Civil Veterinary Department Bihar & Orissa reports 1929-36 - 1929-1936
Year: 1929
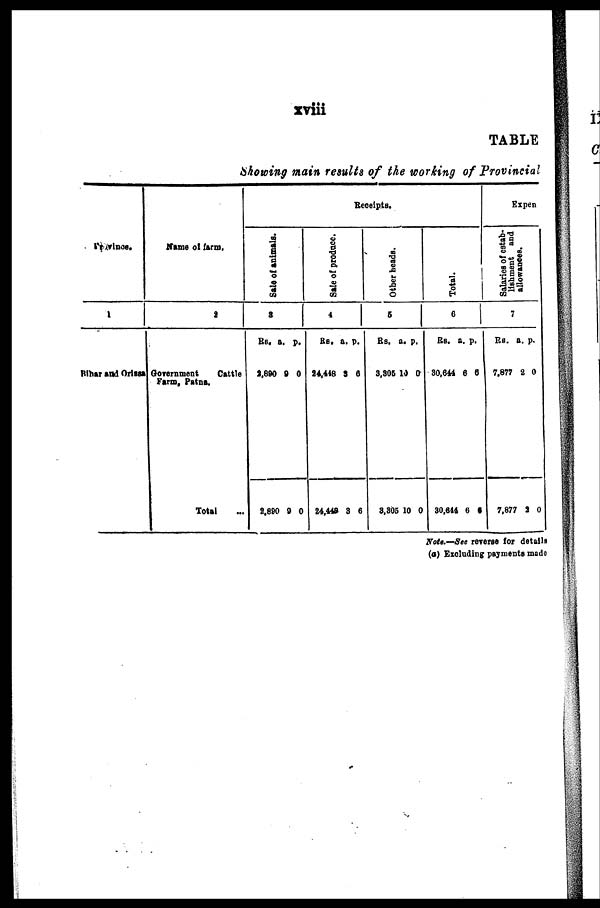
xviii
TABLE
Showing main results of the working of Provincial
Provinces.
1
Bihar and Orissa
Name of farm.
2
Government
Cattle
Farm, Patna.
Total
Receipts.
Sal e of animals.
3
Rs.
2,890
2,890
a.
9
9
p.
0
0
Sale of produce.
4
Rs.
24,448
24,448
a.
3
3
p.
6
6
Other heads.
5
Rs.
3,305
3,305
a.
10
10
p.
0
0
Total.
6
Rs.
30,644
30,644
a.
6
6
p.
6
6
Expen
Salaries of estab-
lishment and
allowances.
7
Rs.
7,877
7,877
a.
2
3
p.
0
0
Note.—See reverse for details
(a) Excluding payments made